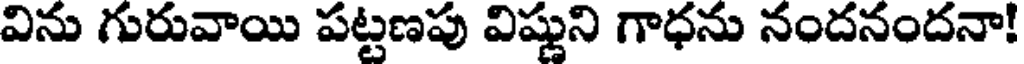
విను గురువాయి పట్టణపు విష్ణుని గాధను నందనందనా!